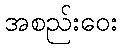
အစည်းဝေး